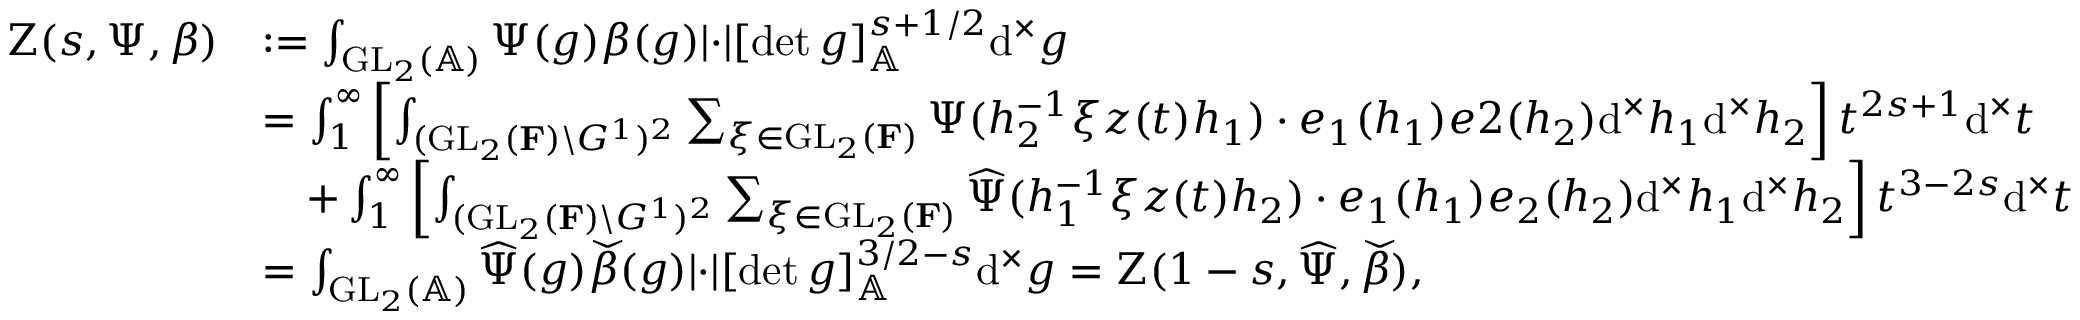
\begin{array} { r l } { \Zeta ( s , \Psi , \beta ) } & { : = \int _ { \mathrm { G L } _ { 2 } ( \mathbb { A } ) } \Psi ( g ) \beta ( g ) \lvert \cdot \rvert [ \operatorname* { d e t } g ] _ { \mathbb { A } } ^ { s + 1 / 2 } \mathrm { d } ^ { \times } g } \\ & { = \int _ { 1 } ^ { \infty } \left[ \int _ { ( \mathrm { G L } _ { 2 } ( \mathbf { F } ) \backslash G ^ { 1 } ) ^ { 2 } } \sum _ { \xi \in \mathrm { G L } _ { 2 } ( \mathbf { F } ) } \Psi ( h _ { 2 } ^ { - 1 } \xi z ( t ) h _ { 1 } ) \cdot e _ { 1 } ( h _ { 1 } ) e 2 ( h _ { 2 } ) \mathrm { d } ^ { \times } h _ { 1 } \mathrm { d } ^ { \times } h _ { 2 } \right] t ^ { 2 s + 1 } \mathrm { d } ^ { \times } t } \\ & { \quad + \int _ { 1 } ^ { \infty } \left[ \int _ { ( \mathrm { G L } _ { 2 } ( \mathbf { F } ) \backslash G ^ { 1 } ) ^ { 2 } } \sum _ { \xi \in \mathrm { G L } _ { 2 } ( \mathbf { F } ) } \widehat { \Psi } ( h _ { 1 } ^ { - 1 } \xi z ( t ) h _ { 2 } ) \cdot e _ { 1 } ( h _ { 1 } ) e _ { 2 } ( h _ { 2 } ) \mathrm { d } ^ { \times } h _ { 1 } \mathrm { d } ^ { \times } h _ { 2 } \right] t ^ { 3 - 2 s } \mathrm { d } ^ { \times } t } \\ & { = \int _ { \mathrm { G L } _ { 2 } ( \mathbb { A } ) } \widehat { \Psi } ( g ) \widecheck { \beta } ( g ) \lvert \cdot \rvert [ \operatorname* { d e t } g ] _ { \mathbb { A } } ^ { 3 / 2 - s } \mathrm { d } ^ { \times } g = \Zeta ( 1 - s , \widehat { \Psi } , \widecheck { \beta } ) , } \end{array}